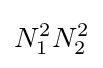
N_{1}^{2}N_{2}^{2}